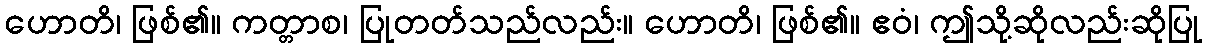
ဟောတိ၊ ဖြစ်၏။ ကတ္တာစ၊ ပြုတတ်သည်လည်း။ ဟောတိ၊ ဖြစ်၏။ ဧဝံ၊ ဤသို့ဆိုလည်းဆိုပြု